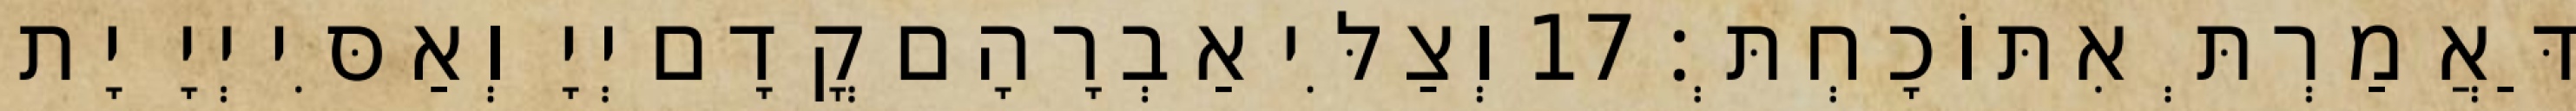
דַּאֲמַרְתְּ אִתּוֹכָחְתְּ׃ 17 וְצַלִּי אַבְרָהָם קֳדָם יְיָ וְאַסִּי יְיָ יָת